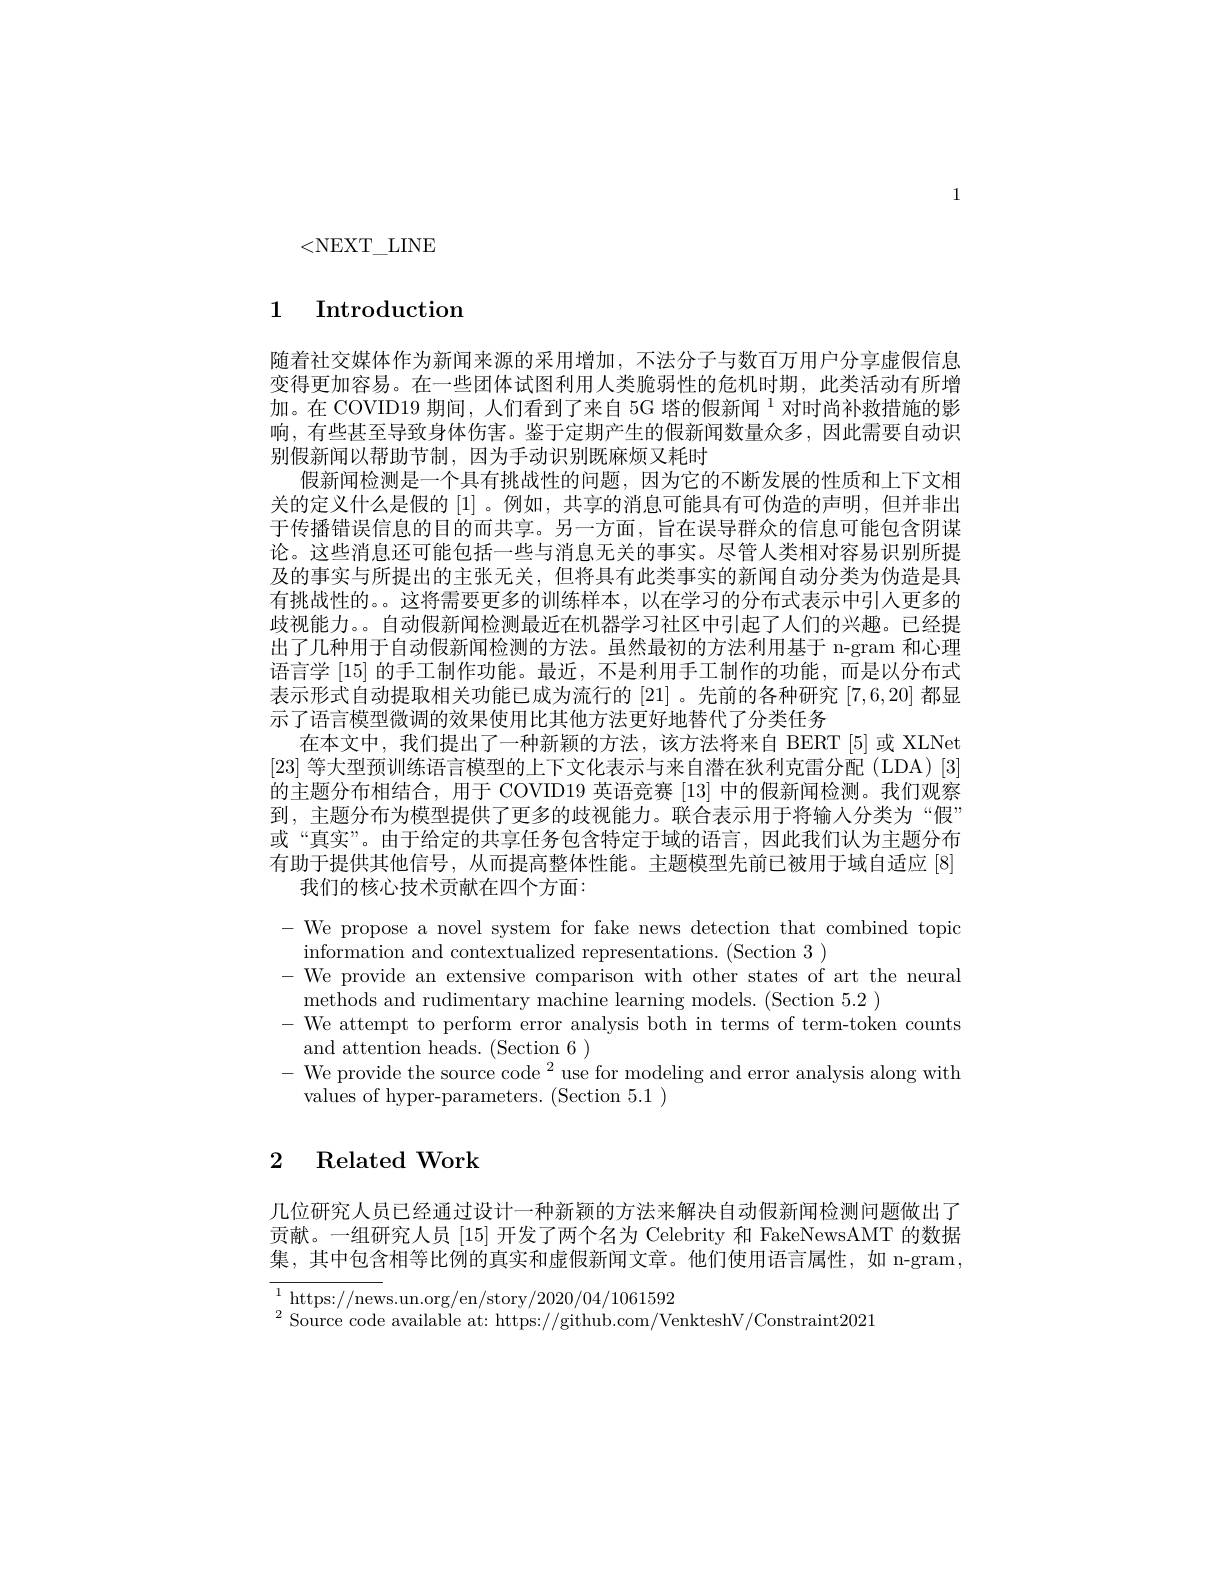
1

<NEXT$\_$LINE

## 1 Introduction

随着社交媒体作为新闻来源的采用增加，不法分子与数百万用户分享虚假信息变得更加容易。在一些团体试图利用人类脆弱性的危机时期，此类活动有所增加。在 COVID19 期间，人们看到了来自 5G 塔的假新闻$^{1}$对时尚补救措施的影响，有些甚至导致身体伤害。鉴于定期产生的假新闻数量众多，因此需要自动识别假新闻以帮助节制，因为手动识别既麻烦又耗时
假新闻检测是一个具有挑战性的问题，因为它的不断发展的性质和上下文相关的定义什么是假的[1]。例如，共享的消息可能具有可伪造的声明，但并非出于传播错误信息的目的而共享。另一方面，旨在误导群众的信息可能包含阴谋论。这些消息还可能包括一些与消息无关的事实。尽管人类相对容易识别所提及的事实与所提出的主张无关，但将具有此类事实的新闻自动分类为伪造是具有挑战性的。这将需要更多的训练样本，以在学习的分布式表示中引人更多的歧视能力。。自动假新闻检测最近在机器学习社区中引起了人们的兴趣。已经提出了几种用于自动假新闻检测的方法。虽然最初的方法利用基于 n-gram 和心理语言学[15]的手工制作功能。最近，不是利用手工制作的功能，而是以分布式表示形式自动提取相关功能已成为流行的 [21] 。先前的各种研究 [7,6,20] 都显示了语言模型微调的效果使用比其他方法更好地替代了分类任务
在本文中，我们提出了一种新颖的方法，该方法将来自 BERT[5]或 XLNet [23]等大型预训练语言模型的上下文化表示与来自潜在狄利克雷分配(LDA)[3] 的主题分布相结合，用于 COVID19 英语竞赛[13]中的假新闻检测。我们观察到，主题分布为模型提供了更多的歧视能力。联合表示用于将输入分类为“假” 或“真实”。由于给定的共享任务包含特定于域的语言，因此我们认为主题分布有助于提供其他信号，从而提高整体性能。主题模型先前已被用于域自适应 [8]
我们的核心技术贡献在四个方面：

We propose a novel system for fake news detection that combined topic
information and contextualized representations. (Section 3 )
We provide an extensive comparison with other states of art the neural
methods and rudimentary machine learning models. (Section 5.2 )
-We attempt to perform error analysis both in terms of term-token counts
and attention heads. (Section 6)
- We provide the source code $^2$ use for modeling and error analysis along with
values of hyper-parameters. (Section 5.1)

# 2 Related Work

几位研究人员已经通过设计一种新颖的方法来解决自动假新闻检测问题做出了贡献。一组研究人员 [15] 开发了两个名为 Celebrity 和 FakeNewsAMT 的数据集，其中包含相等比例的真实和虚假新闻文章。他们使用语言属性，如 n-gram,

${\overline{{1\mathrm{~https://news.un.org/en/story/2020/04/1061592}}}}$
$^{2}$ Source code available at: https://github.com/VenkteshV/Constraint2021